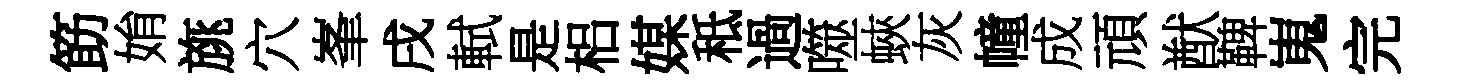
筯姢旐穴峯戌軾是梠媒秪過噬蛺灰幢成頑猷鞞嵬完